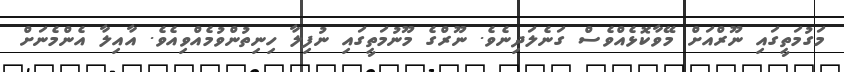
މަގުމަތީގައި ނޫރްއަށް މޭވާކޮޅެއްވެސް ގަނެލަދިނެވެ. ނޫރްގެ މޫނުމަތީގައި ނުފިލާ ހިނިތުންވުމެއްވިއެވެ. އާއިލާ އެންމެނަށް